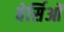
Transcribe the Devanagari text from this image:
वेर्सिओं